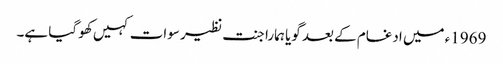
1969ء میں ادغام کے بعد گویا ہمارا جنت نظیر سوات کہیں کھو گیا ہے۔